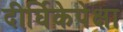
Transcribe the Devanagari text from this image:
दीर्घिकेपेक्षा